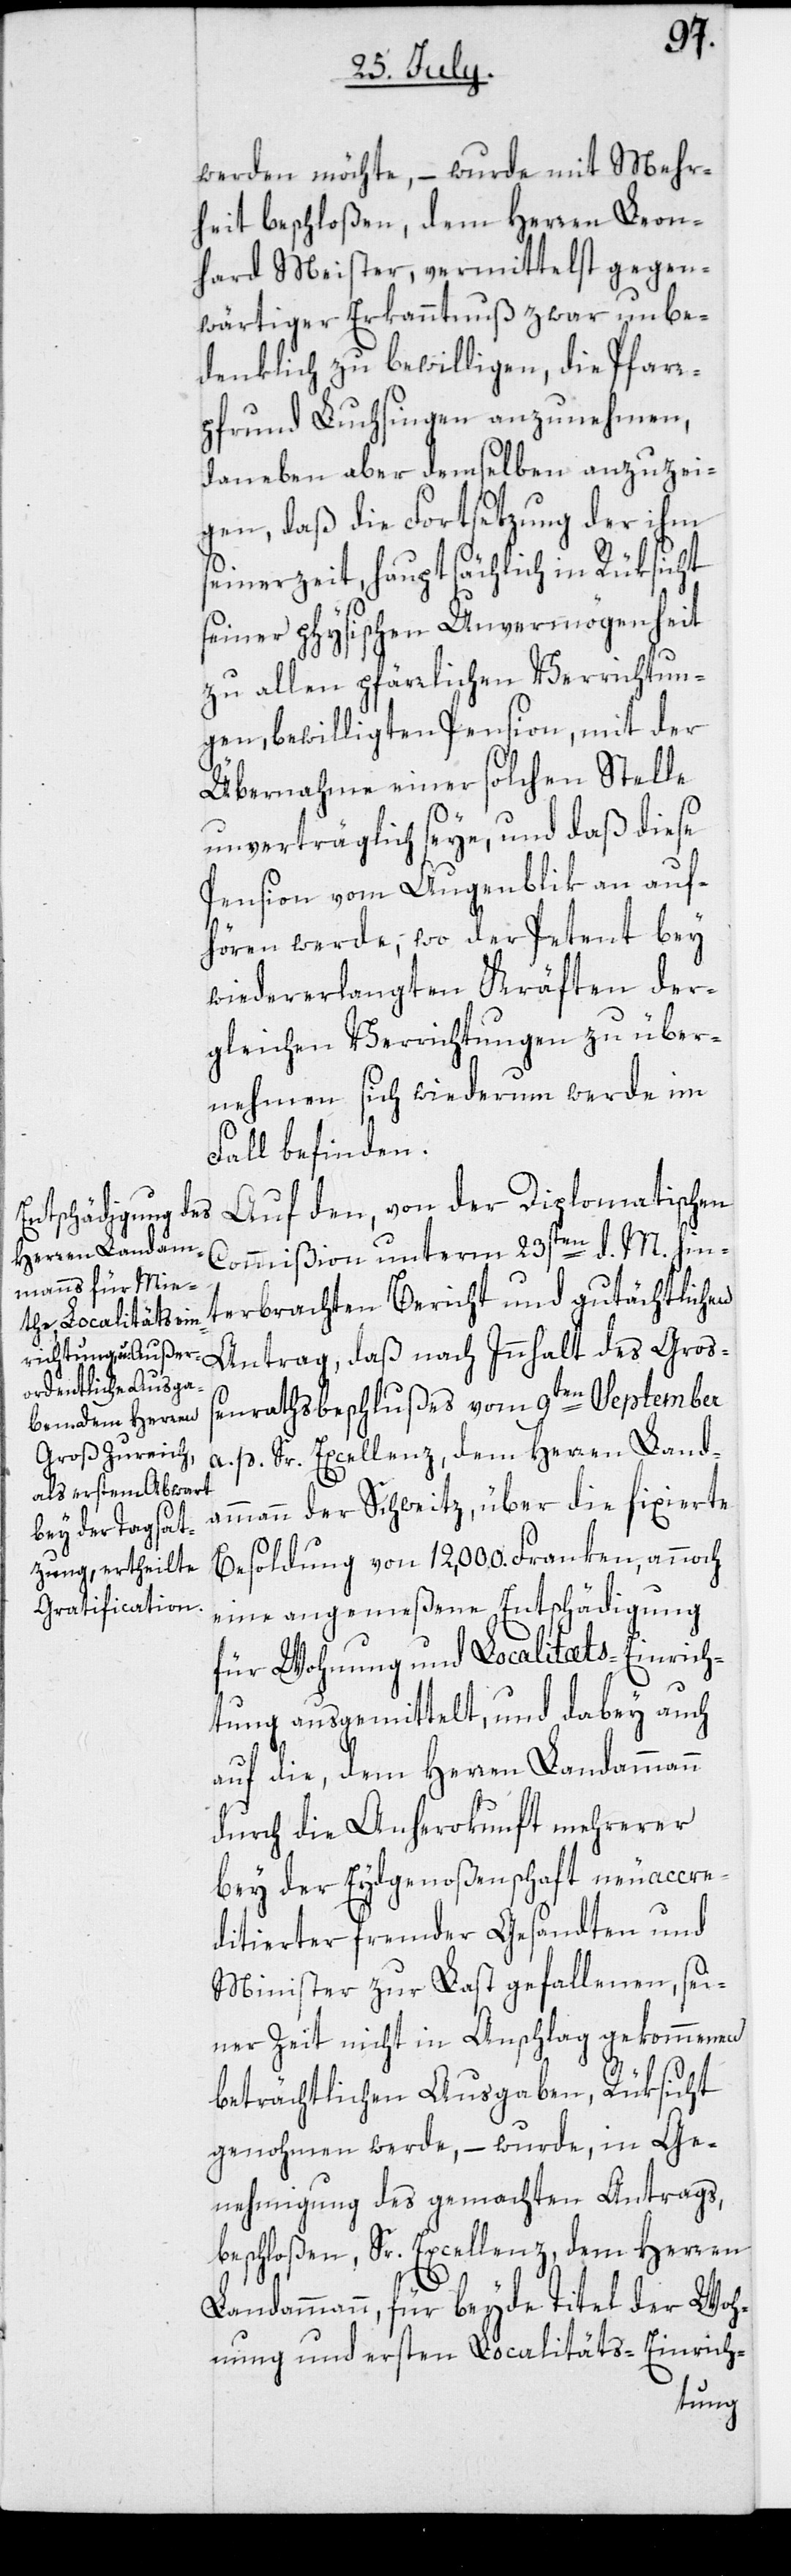
werden möchte, – wurde mit Mehr¬
heit beschloßen, dem Herren Leon¬
hard Meister, vermittelst gegen¬
wärtiger Erkanntnuß zwar unbe¬
denklich zu bewilligen, die Pfarr¬
pfrund Luchsingen anzunehmen,
daneben aber demselben anzuzei¬
gen, daß die Fortsetzung der ihm
seinerzeit, hauptsächlich in Rüksicht
seiner physischen Unvermögenheit
zu allen pfärrlichen Verrichtun¬
gen, bewilligten Pension, mit der
Übernahme einer solchen Stelle
unverträglich seye, und daß diese
Pension vom Augenblick an auf¬
hören werde, wo der Petent bey
wiedererlangten Kräften der¬
gleichen Verrichtungen zu über¬
nehmen sich wiederum werde im
Fall befinden.
Auf den, von der Diplomatischen
Commißion unterm 23sten d. M. hin¬
terbrachten Bericht und gutächtlichen
Antrag, daß nach Innhalt des Große¬
nrathsbeschlußes vom 9ten September
a. p. Sr. Excellenz, dem Herren Land¬
ammann der Schweitz, über die fixierte
Besoldung von 12,000. Franken, annoch
eine angemeßene Entschädigung
für Wohnung und Localitäts-Einrich¬
tung ausgemittelt, und dabey auch
auf die, dem Herren Landammann
durch die Anherokunft mehrerer
bey der Eidgenoßenschaft neuaccre¬
ditierter fremder Gesandten und
Minister zur Last gefallenen, sei¬
ner Zeit nicht in Anschlag gekommenen
beträchtlichen Ausgaben, Rüksicht
genohmen werde, – wurde, in Ge¬
nehmigung des gemachten Antrags,
beschloßen, Sr. Excellenz, dem Herren
Landammann, für beyde Titel der Woh¬
nung und ersten Localitäts-Einrich-